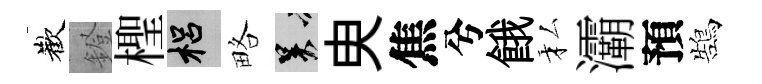
歡鐙檉梠略吴㬰焦兮餓私灞預鵠